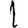
Digit: 1